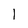
Character: 1